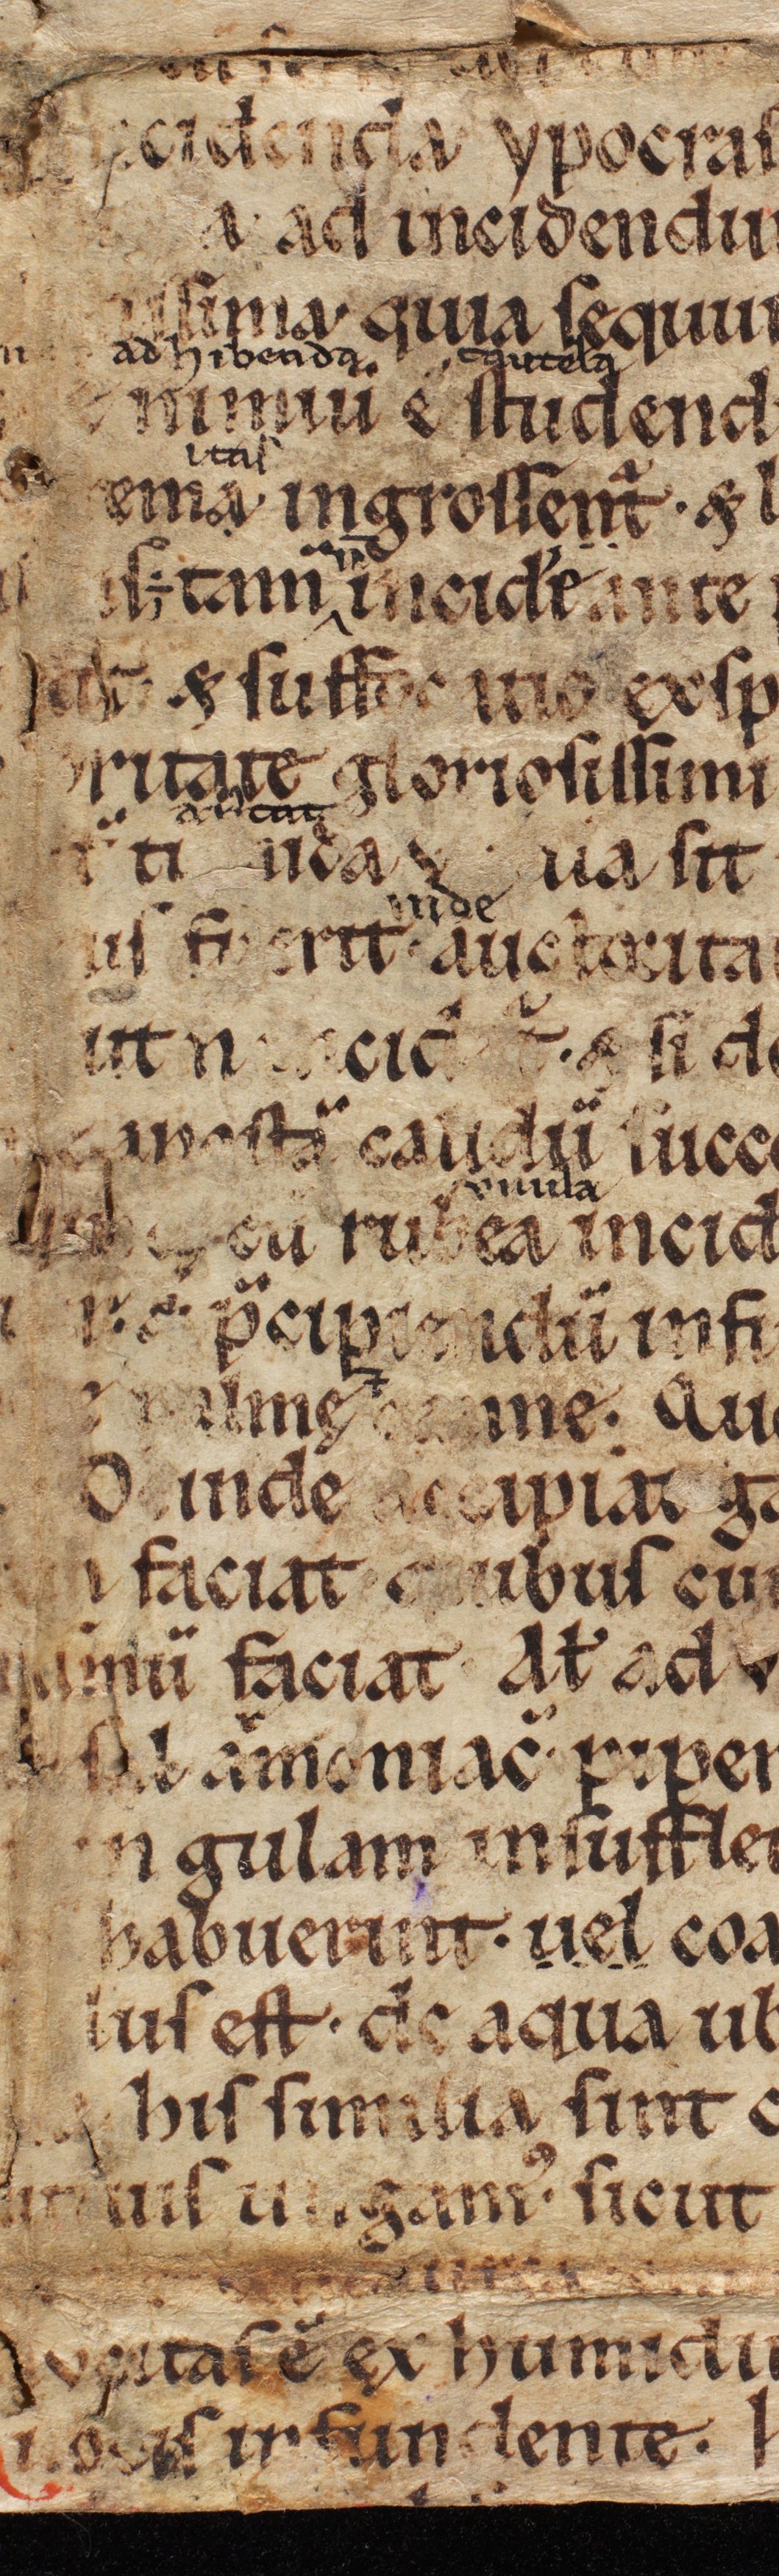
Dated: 1100–1299